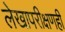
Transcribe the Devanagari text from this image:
लेखापरीक्षणही